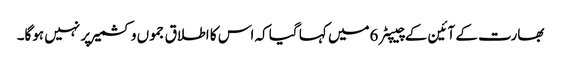
بھارت کے آئین کے چیپٹر 6میں کہا گیا کہ اس کا اطلاق جموں وکشمیر پر نہیں ہوگا۔